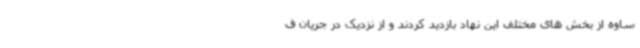
ساوه از بخش های مختلف این نهاد بازدید کردند و از نزدیک در جریان ف